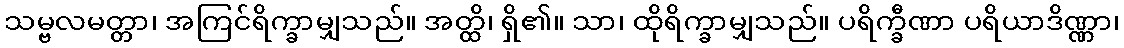
သမ္ဗလမတ္တာ၊ အကြင်ရိက္ခာမျှသည်။ အတ္ထိ၊ ရှိ၏။ သာ၊ ထိုရိက္ခာမျှသည်။ ပရိက္ခီဏာ ပရိယာဒိဏ္ဏာ၊